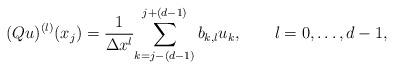
LaTeX: \begin{align*} (Qu)^{(l)}(x_j)=\frac{1}{\Delta x^l}\displaystyle{\sum_{k=j-(d-1)}^{j+(d-1)}b_{k,l} u_k},~~~~~~l=0, \dots,d-1,\end{align*}